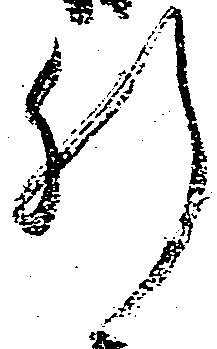
肝